Vaccination report Assam 1896-1927 - 1896-1927
Year: 1896
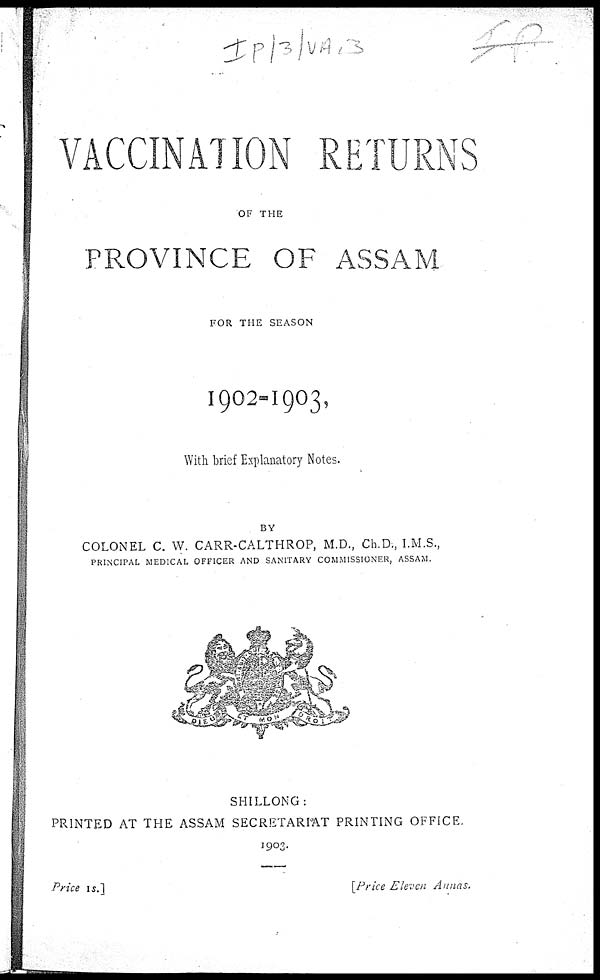
VACCINATION RETURNS
OF THE
PROVINCE OF ASSAM
FOR THE SEASON
1902-1903,
With brief Explanatory Notes.
BY
COLONEL C. W. CARR-CALTHROP, M.D., Ch.D., I.M.S.,
PRINCIPAL MEDICAL OFFICER AND SANITARY COMMISSIONER, ASSAM.
SHILLONG:
PRINTED AT THE ASSAM SECRETARIAT PRINTING OFFICE.
1903.
Price 1s.]
[Price Eleven Annas.